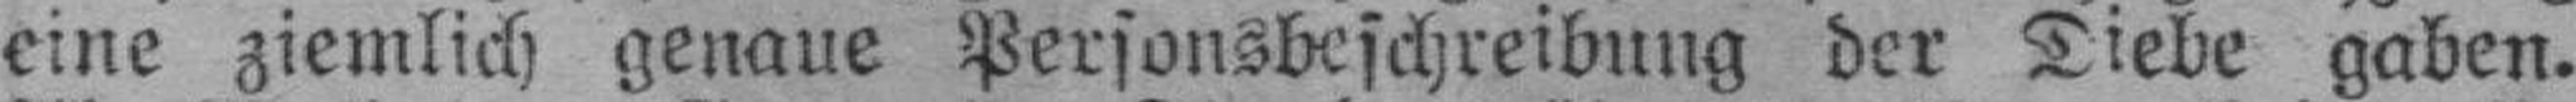
eine ziemlich genaue Personsbeschreibung der Diebe gaben.